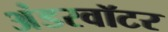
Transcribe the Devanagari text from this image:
अंडरवॉटर